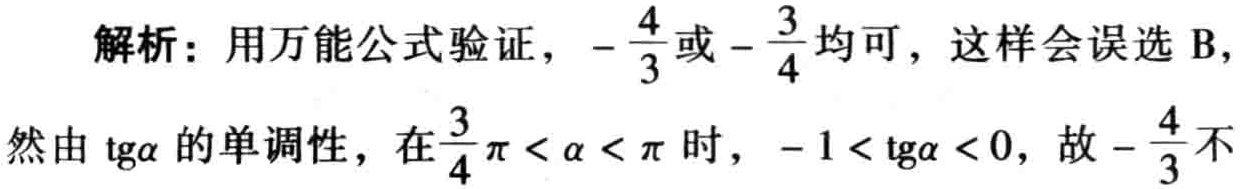
解析：用万能公式验证，\(-\frac{4}{3}\)或\(-\frac{3}{4}\)均可，这样会误选 B，
然由\(\mathrm{tg}\alpha\)的单调性，在\(\frac{3}{4}\pi < \alpha < \pi\)时，\(-1 < \mathrm{tg}\alpha < 0\)，故\(-\frac{4}{3}\)不